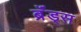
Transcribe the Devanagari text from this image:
ब्रॅंड्स